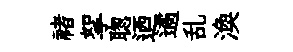
禇挐聦迺遹乱渙